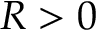
R > 0